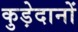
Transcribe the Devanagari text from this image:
कुड़ेदानों